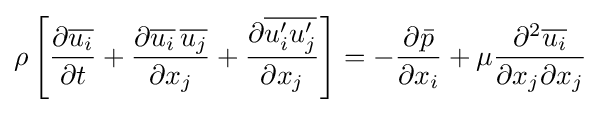
\rho \left[{\frac {\partial {\overline {u_{i}}}}{\partial t}}+{\frac {\partial {\overline {u_{i}}}\,{\overline {u_{j}}}}{\partial x_{j}}}+{\frac {\partial {\overline {u_{i}'u_{j}'}}}{\partial x_{j}}}\right]=-{\frac {\partial {\bar {p}}}{\partial x_{i}}}+\mu {\frac {\partial ^{2}{\overline {u_{i}}}}{\partial x_{j}\partial x_{j}}}